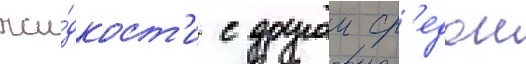
жи́дкост'и с другои ср'едои